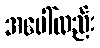
အပေါ်လည်း